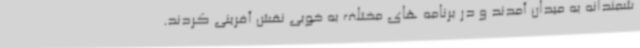
شمندانه به میدان آمدند و در برنامه های مختلف به خوبی نقش آفرینی کردند.